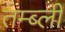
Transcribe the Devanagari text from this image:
तम्ब्ली